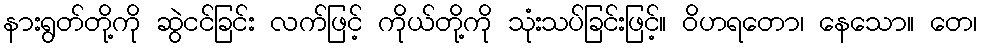
နားရွတ်တို့ကို ဆွဲငင်ခြင်း လက်ဖြင့် ကိုယ်တို့ကို သုံးသပ်ခြင်းဖြင့်။ ဝိဟရတော၊ နေသော။ တေ၊